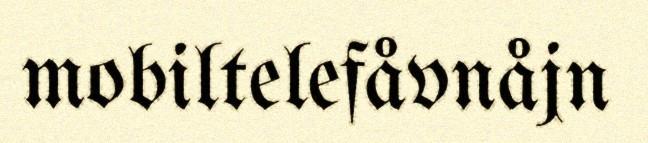
mobiltelefåvnåjn